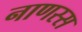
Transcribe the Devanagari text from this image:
नाणस्स